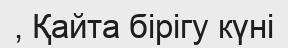
, Қайта бірігу күні